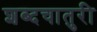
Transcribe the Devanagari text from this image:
शब्दचातुरी